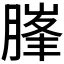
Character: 𰯃